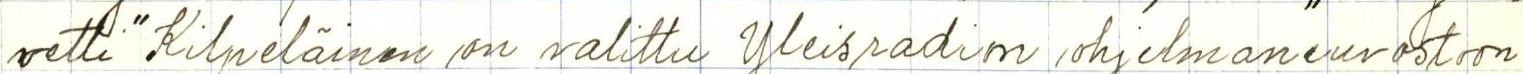
vetti" Kilpeläinen on valittu Yleisradion ohjelmaneuvostoon